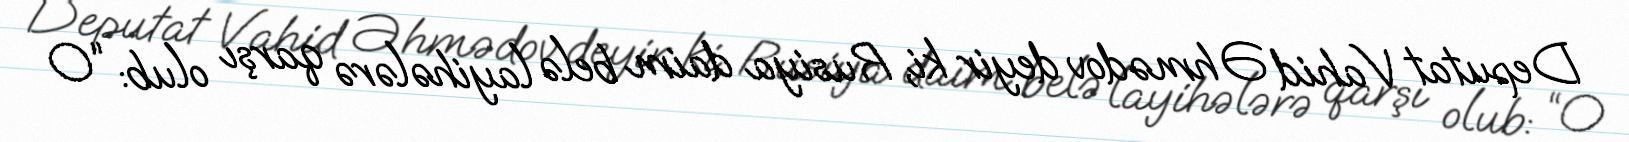
Deputat Vahid Əhmədov deyir ki, Rusiya daim belə layihələrə qarşı olub: “O